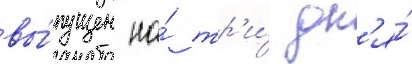
вы́пущен на́ тр'и́ дн'я́